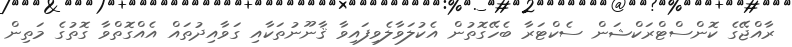
ރާއްޖޭގެ ކޮންސްޓްރަކްޝަން ސެކްޓަރާ ބެހޭގޮތުން އެކުލަވާލެވިފައިވާ ޤާނޫނުތަކާއި ގަވާއިދުތައް އެއްގޮތްވާ ގޮތުގެ މަތިން